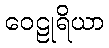
ဝေဠုရိယာ